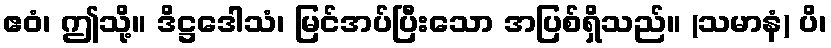
ဧဝံ၊ ဤသို့။ ဒိဋ္ဌဒေါသံ၊ မြင်အပ်ပြီးသော အပြစ်ရှိသည်။ (သမာနံ) ပိ၊